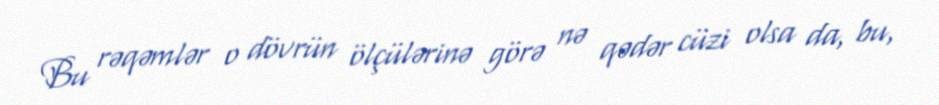
Bu rəqəmlər o dövrün ölçülərinə görə nə qədər cüzi olsa da, bu,